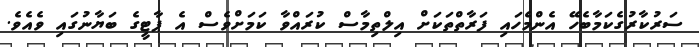
ސަރުކާރުގެކަމާބެހޭ އެންމެހައި ފަރާތްތަކަށް އިލްތިމާސް ކުރައްވާ ކަމަށްވެސް އެ ޕާޓީގެ ބަޔާނުގައި ވެއެވެ.